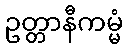
ဥတ္တာနီကမ္မံ